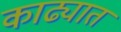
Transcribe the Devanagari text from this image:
काढ्यात